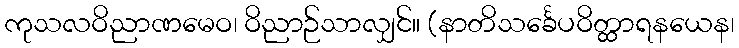
ကုသလဝိညာဏမေဝ၊ ဝိညာဉ်သာလျှင်။ (နာတိသင်္ခေပဝိတ္ထာရနယေန၊